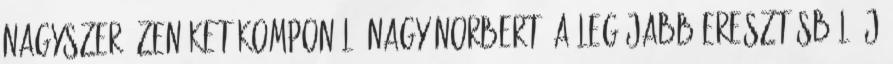
nagyszerű zenéket komponáló Nagy Norbert. A legújabb eresztésből új